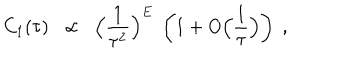
C _ { 1 } ( \tau ) \; \; \propto \; \; \Big ( \frac { 1 } { \tau ^ { 2 } } \Big ) ^ { E } \; \left( 1 + O \Big ( \frac { 1 } { \tau } \Big ) \right) \; ,